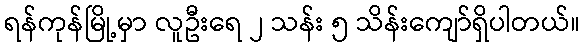
ရန်ကုန်မြို့မှာ လူဦးရေ ၂ သန်း ၅ သိန်းကျော်ရှိပါတယ်။